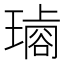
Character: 𤩋